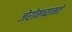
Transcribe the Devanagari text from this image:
जेरोमच्यामते